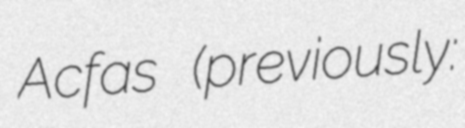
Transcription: Acfas (previously: